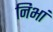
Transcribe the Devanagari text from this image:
निभां